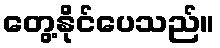
တွေ့နိုင်ပေသည်။